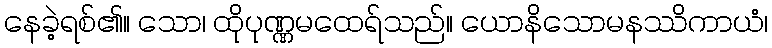
နေခဲ့ရစ်၏။ သော၊ ထိုပုဏ္ဏမထေရ်သည်။ ယောနိသောမနဿိကာယံ၊